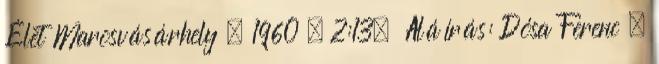
Élet Marosvásárhely . 1960 . 2:13. Aláírás: Dósa Ferenc .